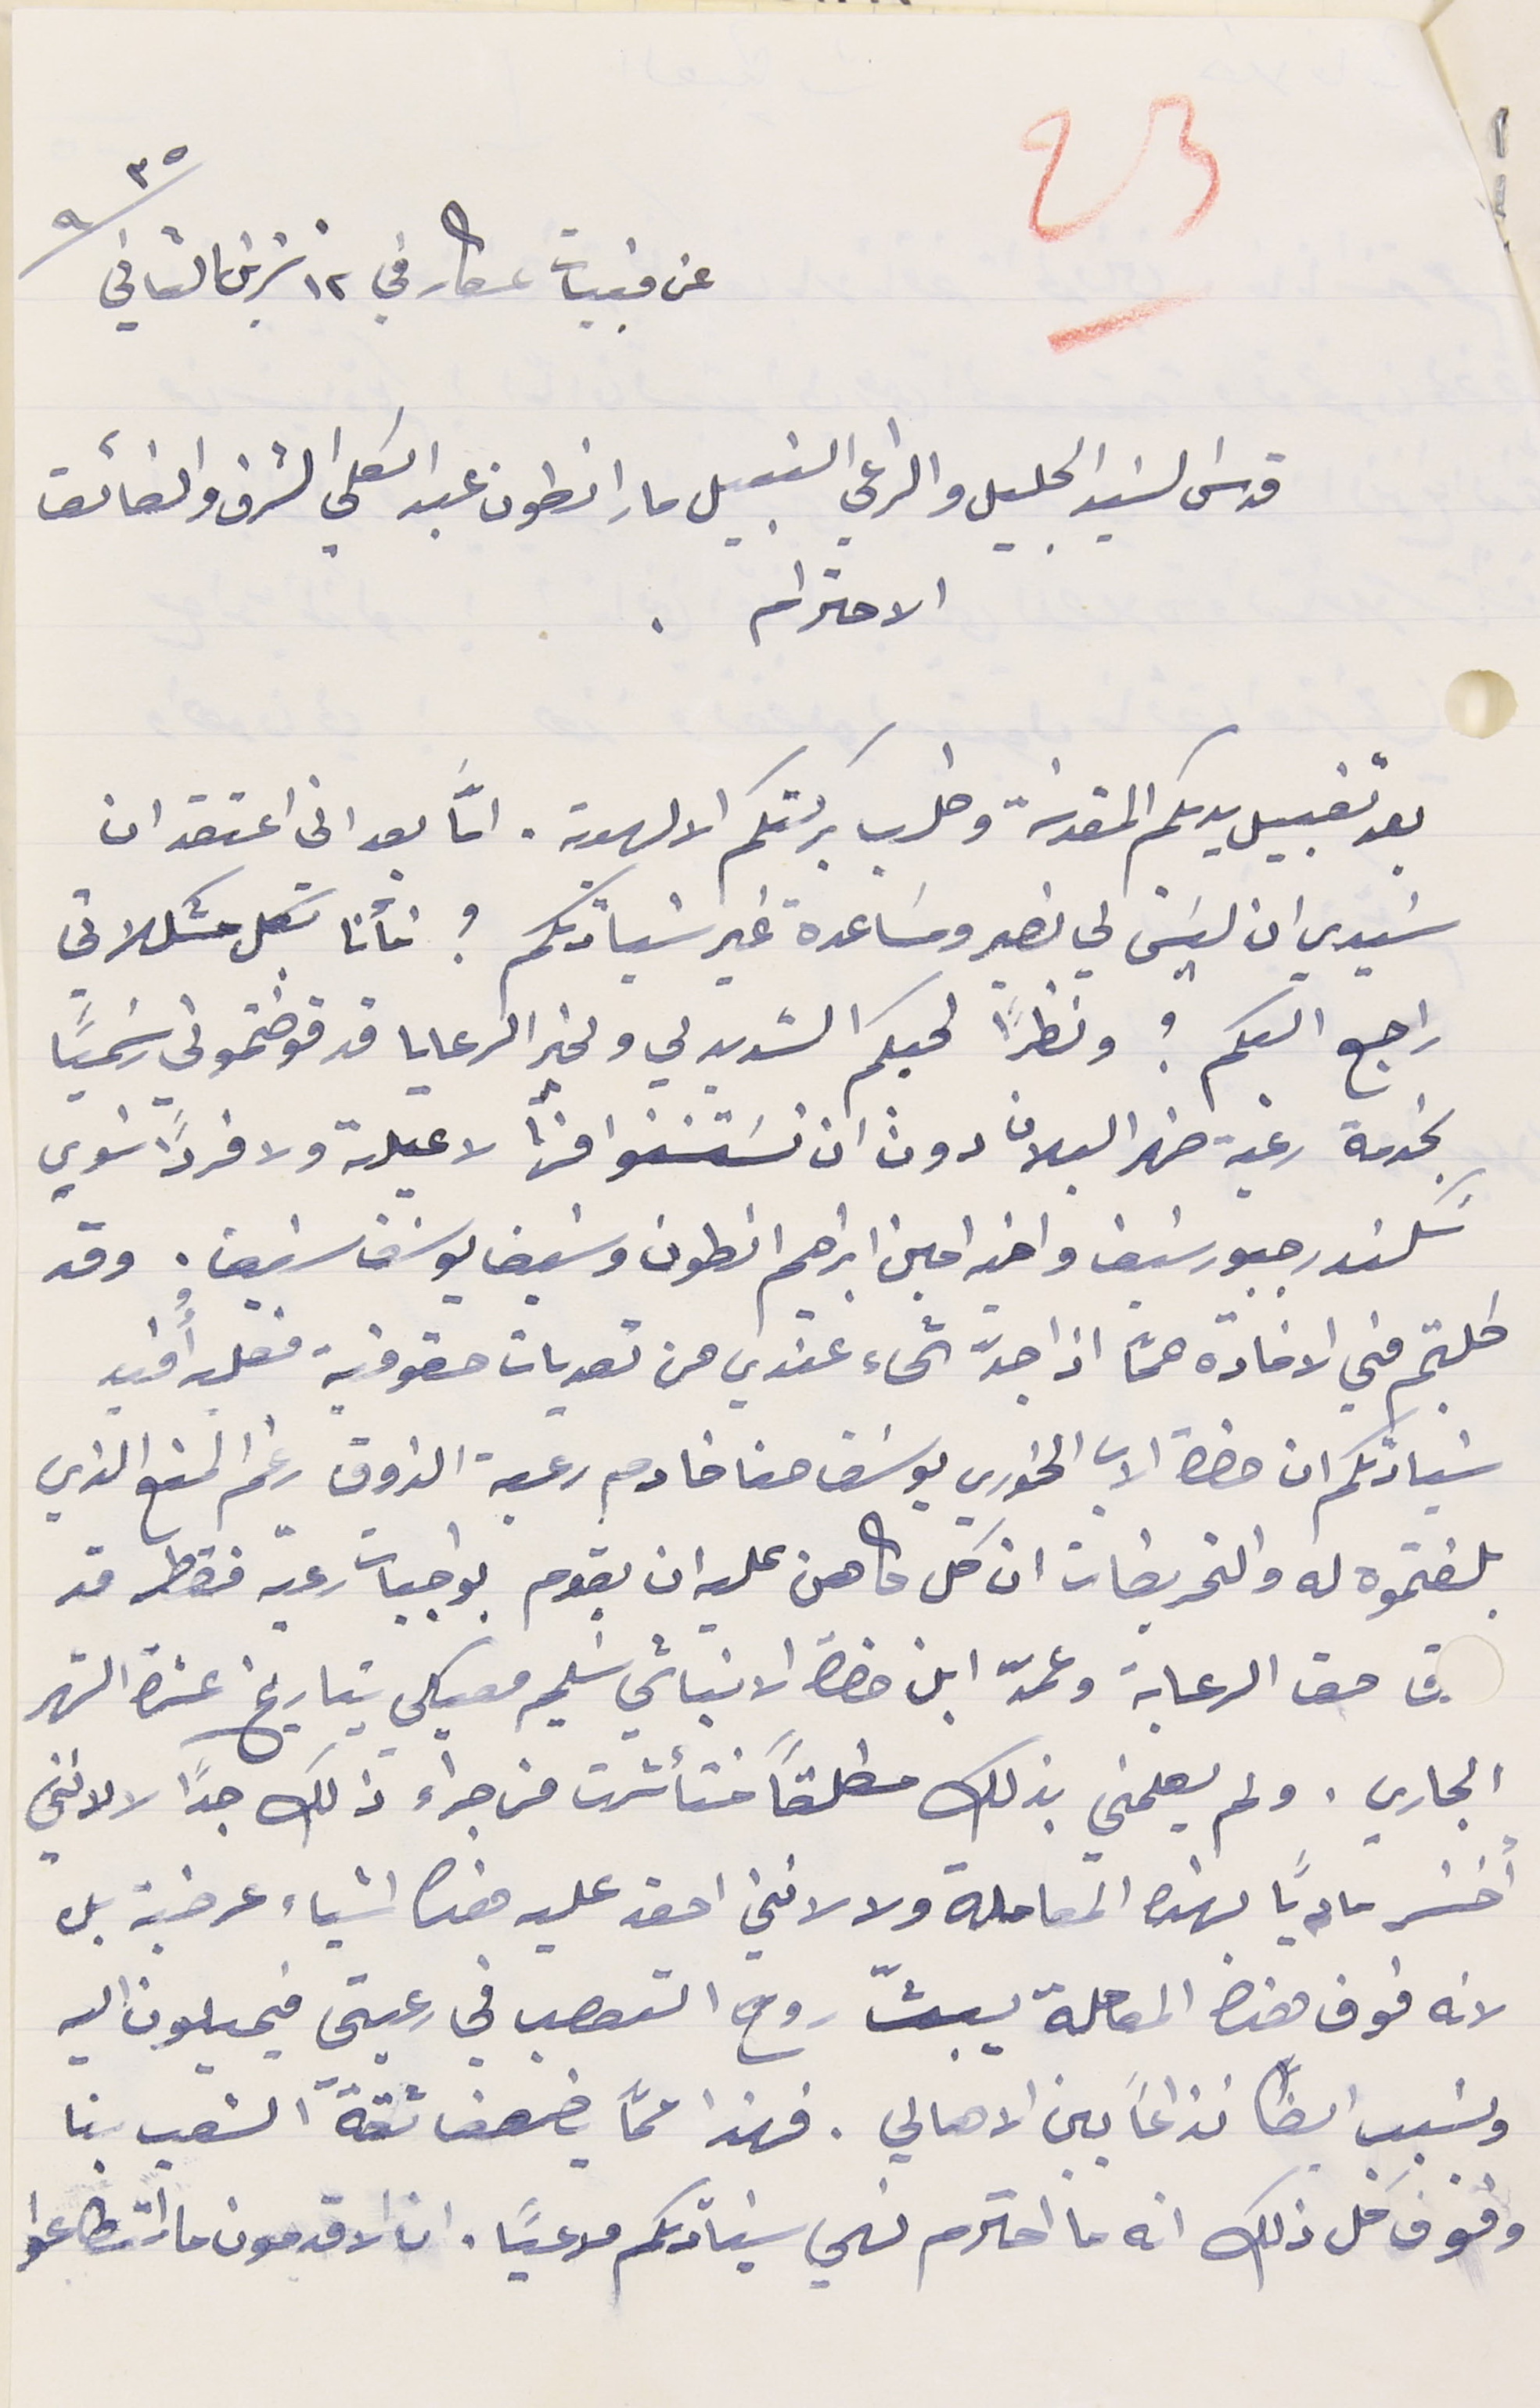
عن قبيات عكار في  ١٢ تشرين الثاني سنة ٩٣٥
قدس السَيد الجليل والراعي النبيل مار انطون عبد الكلي الشرف والفائق
الاحترام .
بعد تقبيل يديكم المقدسَة وطلب بركتكم الالهية. امَّا بعد اني اعتقد ان
سَيدي ان ليسَ لي نصير ومسَاعدة غير سَيادتكم ؟ فأنا بكل مشكلاتي
راجع اليكم ؟ ونظراً لحبكم الشديد لي ولخير الرعايا قد فوضتموني رسَمياً
بخدمة رعية ضهر البلان دون ان تسَتسَنوا منها لا عيلة ولا فرداً سَوي
سَكندر جبور سَيف ا واخيه امين ابراهيم انطون وسَيف يوسَف سَيف. وقد
طلبتم مني الافادة عمّا اذا جدّ شىء عندي من تعديات حقوقية فعليه أُفيد
سَيادتكم ان حضرة الاب الخوري يوسَف حنا خادم رعية الذوق رغم المنع الذي
بلغتموه له والتحريمَات ان كل كاهن عليه ان يقوم بواجبات رعيته فقط قد
حق الرعاية وعمّد ابن حضرة الانباشي سَليم معيكي بتاريخ عشرة الشهر
الجاري. ولم يعلمني بذلك مطلقاً فتأثرت من جراء ذلك جدًا لا لانني
أخسَر مادياً بهذه المعاملة ولا لانني احقد عليه هذه اشياء عرضية بل
لانه فوق هذه المعاملة يبثّ روح التعصب في رعيتي فيميلون اليه
ويسَبب ايضًا نذاعاً بين الاهالي. فهذا عمَّا يضعف ثقة الشعب بنا
وفوق كل ذلك انه ما احترم نهي سَيادتكم مدعياً. ان الاقدمون ما استطاعوا
23